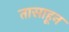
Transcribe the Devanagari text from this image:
तासाहून